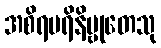
အစိရပရိနိဗ္ဗုတေသု